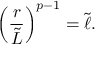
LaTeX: \left( { \frac { r } { \tilde { L } } } \right) ^ { p - 1 } = \tilde { \ell } .